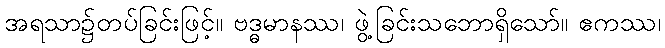
အရသာ၌တပ်ခြင်းဖြင့်။ ဗဒ္ဓမာနဿ၊ ဖွဲ့ခြင်းသဘောရှိသော်။ ဧကဿ၊